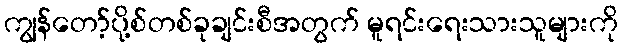
ကျွန်တော့်ပို့စ်တစ်ခုချင်းစီအတွက် မူရင်းရေးသားသူများကို